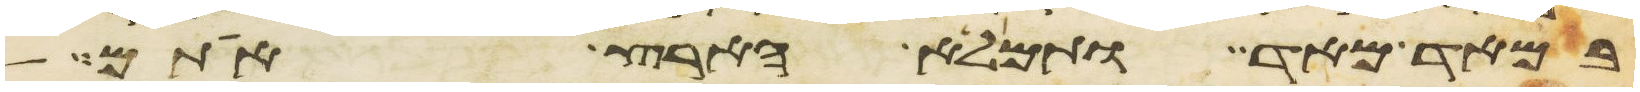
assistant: במאד מאד ותמלא הארץ אתם